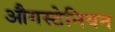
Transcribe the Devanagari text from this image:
औगस्टेनियन